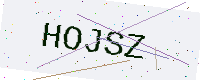
Text: HOJSZ